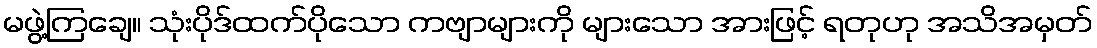
မဖွဲ့ကြချေ။ သုံးပိုဒ်ထက်ပိုသော ကဗျာများကို များသော အားဖြင့် ရတုဟု အသိအမှတ်